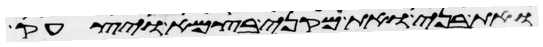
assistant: ואת בני ואת מקני בצמא ויצעק